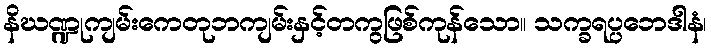
နိဃဏ္ဍုကျမ်းကေတုဘကျမ်းနှင့်တကွဖြစ်ကုန်သော။ သက္ခရပ္ပဘေဒါနံ၊